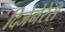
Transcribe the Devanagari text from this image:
दिजेनेरेस